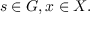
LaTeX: s \in G , x \in X .